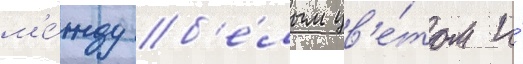
м'е́жду б'е́лым цв'е́том и́